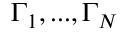
\Gamma _ { 1 } , . . . , \Gamma _ { N }